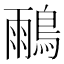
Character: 𪂕